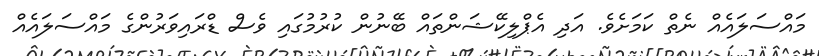
މައްސަލައެއް ނެތް ކަމަށެވެ. އަދި އެޕްލިކޭޝަންތައް ބޭނުން ކުރުމުގައި ވެސް ޑްރައިވަރުންގެ މައްސަލައެއް